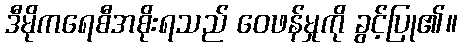
ဒီမိုကရေစီအစိုးရသည် ဝေဖန်မှုကို ခွင့်ပြု၏။